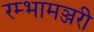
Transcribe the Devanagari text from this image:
रम्भामञ्जरी